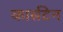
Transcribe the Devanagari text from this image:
कार्सटेन